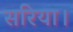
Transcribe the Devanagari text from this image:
सरिया।